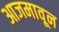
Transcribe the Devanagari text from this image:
आजमावून